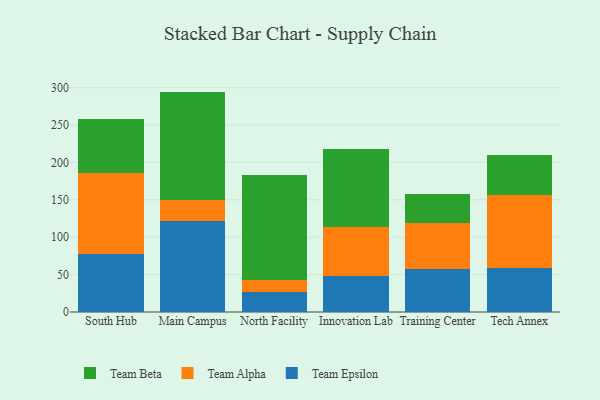
{"axis": {"x": "Campus", "y": "Temperature (°C)"}, "legend": ["Team Alpha", "Team Beta", "Team Epsilon"], "data": [{"x": "South Hub", "y": 78.2, "type": "Team Epsilon"}, {"x": "South Hub", "y": 107.7, "type": "Team Alpha"}, {"x": "South Hub", "y": 72.8, "type": "Team Beta"}, {"x": "Main Campus", "y": 121.1, "type": "Team Epsilon"}, {"x": "Main Campus", "y": 29.3, "type": "Team Alpha"}, {"x": "Main Campus", "y": 144.4, "type": "Team Beta"}, {"x": "North Facility", "y": 27.3, "type": "Team Epsilon"}, {"x": "North Facility", "y": 15.3, "type": "Team Alpha"}, {"x": "North Facility", "y": 140.6, "type": "Team Beta"}, {"x": "Innovation Lab", "y": 48.1, "type": "Team Epsilon"}, {"x": "Innovation Lab", "y": 65.2, "type": "Team Alpha"}, {"x": "Innovation Lab", "y": 105.1, "type": "Team Beta"}, {"x": "Training Center", "y": 57.2, "type": "Team Epsilon"}, {"x": "Training Center", "y": 61.5, "type": "Team Alpha"}, {"x": "Training Center", "y": 39.0, "type": "Team Beta"}, {"x": "Tech Annex", "y": 58.2, "type": "Team Epsilon"}, {"x": "Tech Annex", "y": 98.9, "type": "Team Alpha"}, {"x": "Tech Annex", "y": 53.3, "type": "Team Beta"}]}